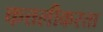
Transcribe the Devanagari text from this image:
कत्तलीकरता